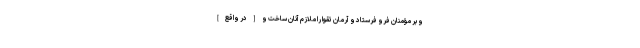
و بر مؤمنان فرو فرستاد و آرمان تقوا را ملازم آنان ساخت و [در واقع]